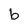
Character: b